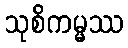
သုစိကမ္မဿ